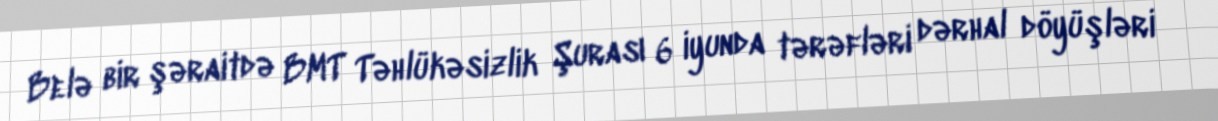
Belə bir şəraitdə BMT Təhlükəsizlik Şurası 6 iyunda tərəfləri dərhal döyüşləri